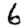
Digit: 6